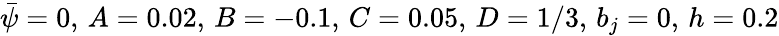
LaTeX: \bar{\psi}=0,\, A=0.02,\, B=-0.1,\, C=0.05,\, D=1/3,\, b_{j}=0,\, h=0.2